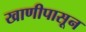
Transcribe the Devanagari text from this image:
खाणीपासून